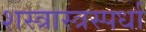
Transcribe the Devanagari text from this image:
शस्त्रास्त्रस्पर्धा